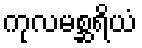
ကုလမစ္ဆရိယံ